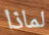
لماذا